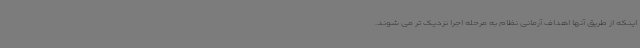
اینکه از طریق آنها اهداف آرمانی نظام به مرحله اجرا نزدیک تر می شوند.